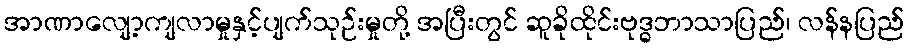
အာဏာလျော့ကျလာမှုနှင့်ပျက်သုဉ်းမှုတို့ အပြီးတွင် ဆူခိုထိုင်းဗုဒ္ဓဘာသာပြည်၊ လန်နပြည်